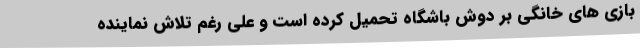
بازی های خانگی بر دوش باشگاه تحمیل کرده است و علی رغم تلاش نماینده